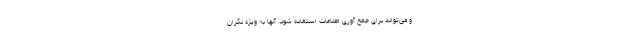
و می‌تواند برای جمع آوری اطلاعات استفاده شود. آنها به ویژه نگران